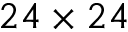
2 4 \times 2 4